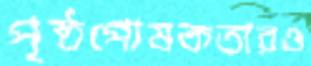
পৃষ্ঠপোষকতারও